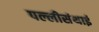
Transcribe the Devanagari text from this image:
पल्‍लीसंथाई